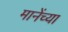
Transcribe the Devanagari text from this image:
मानेंच्या